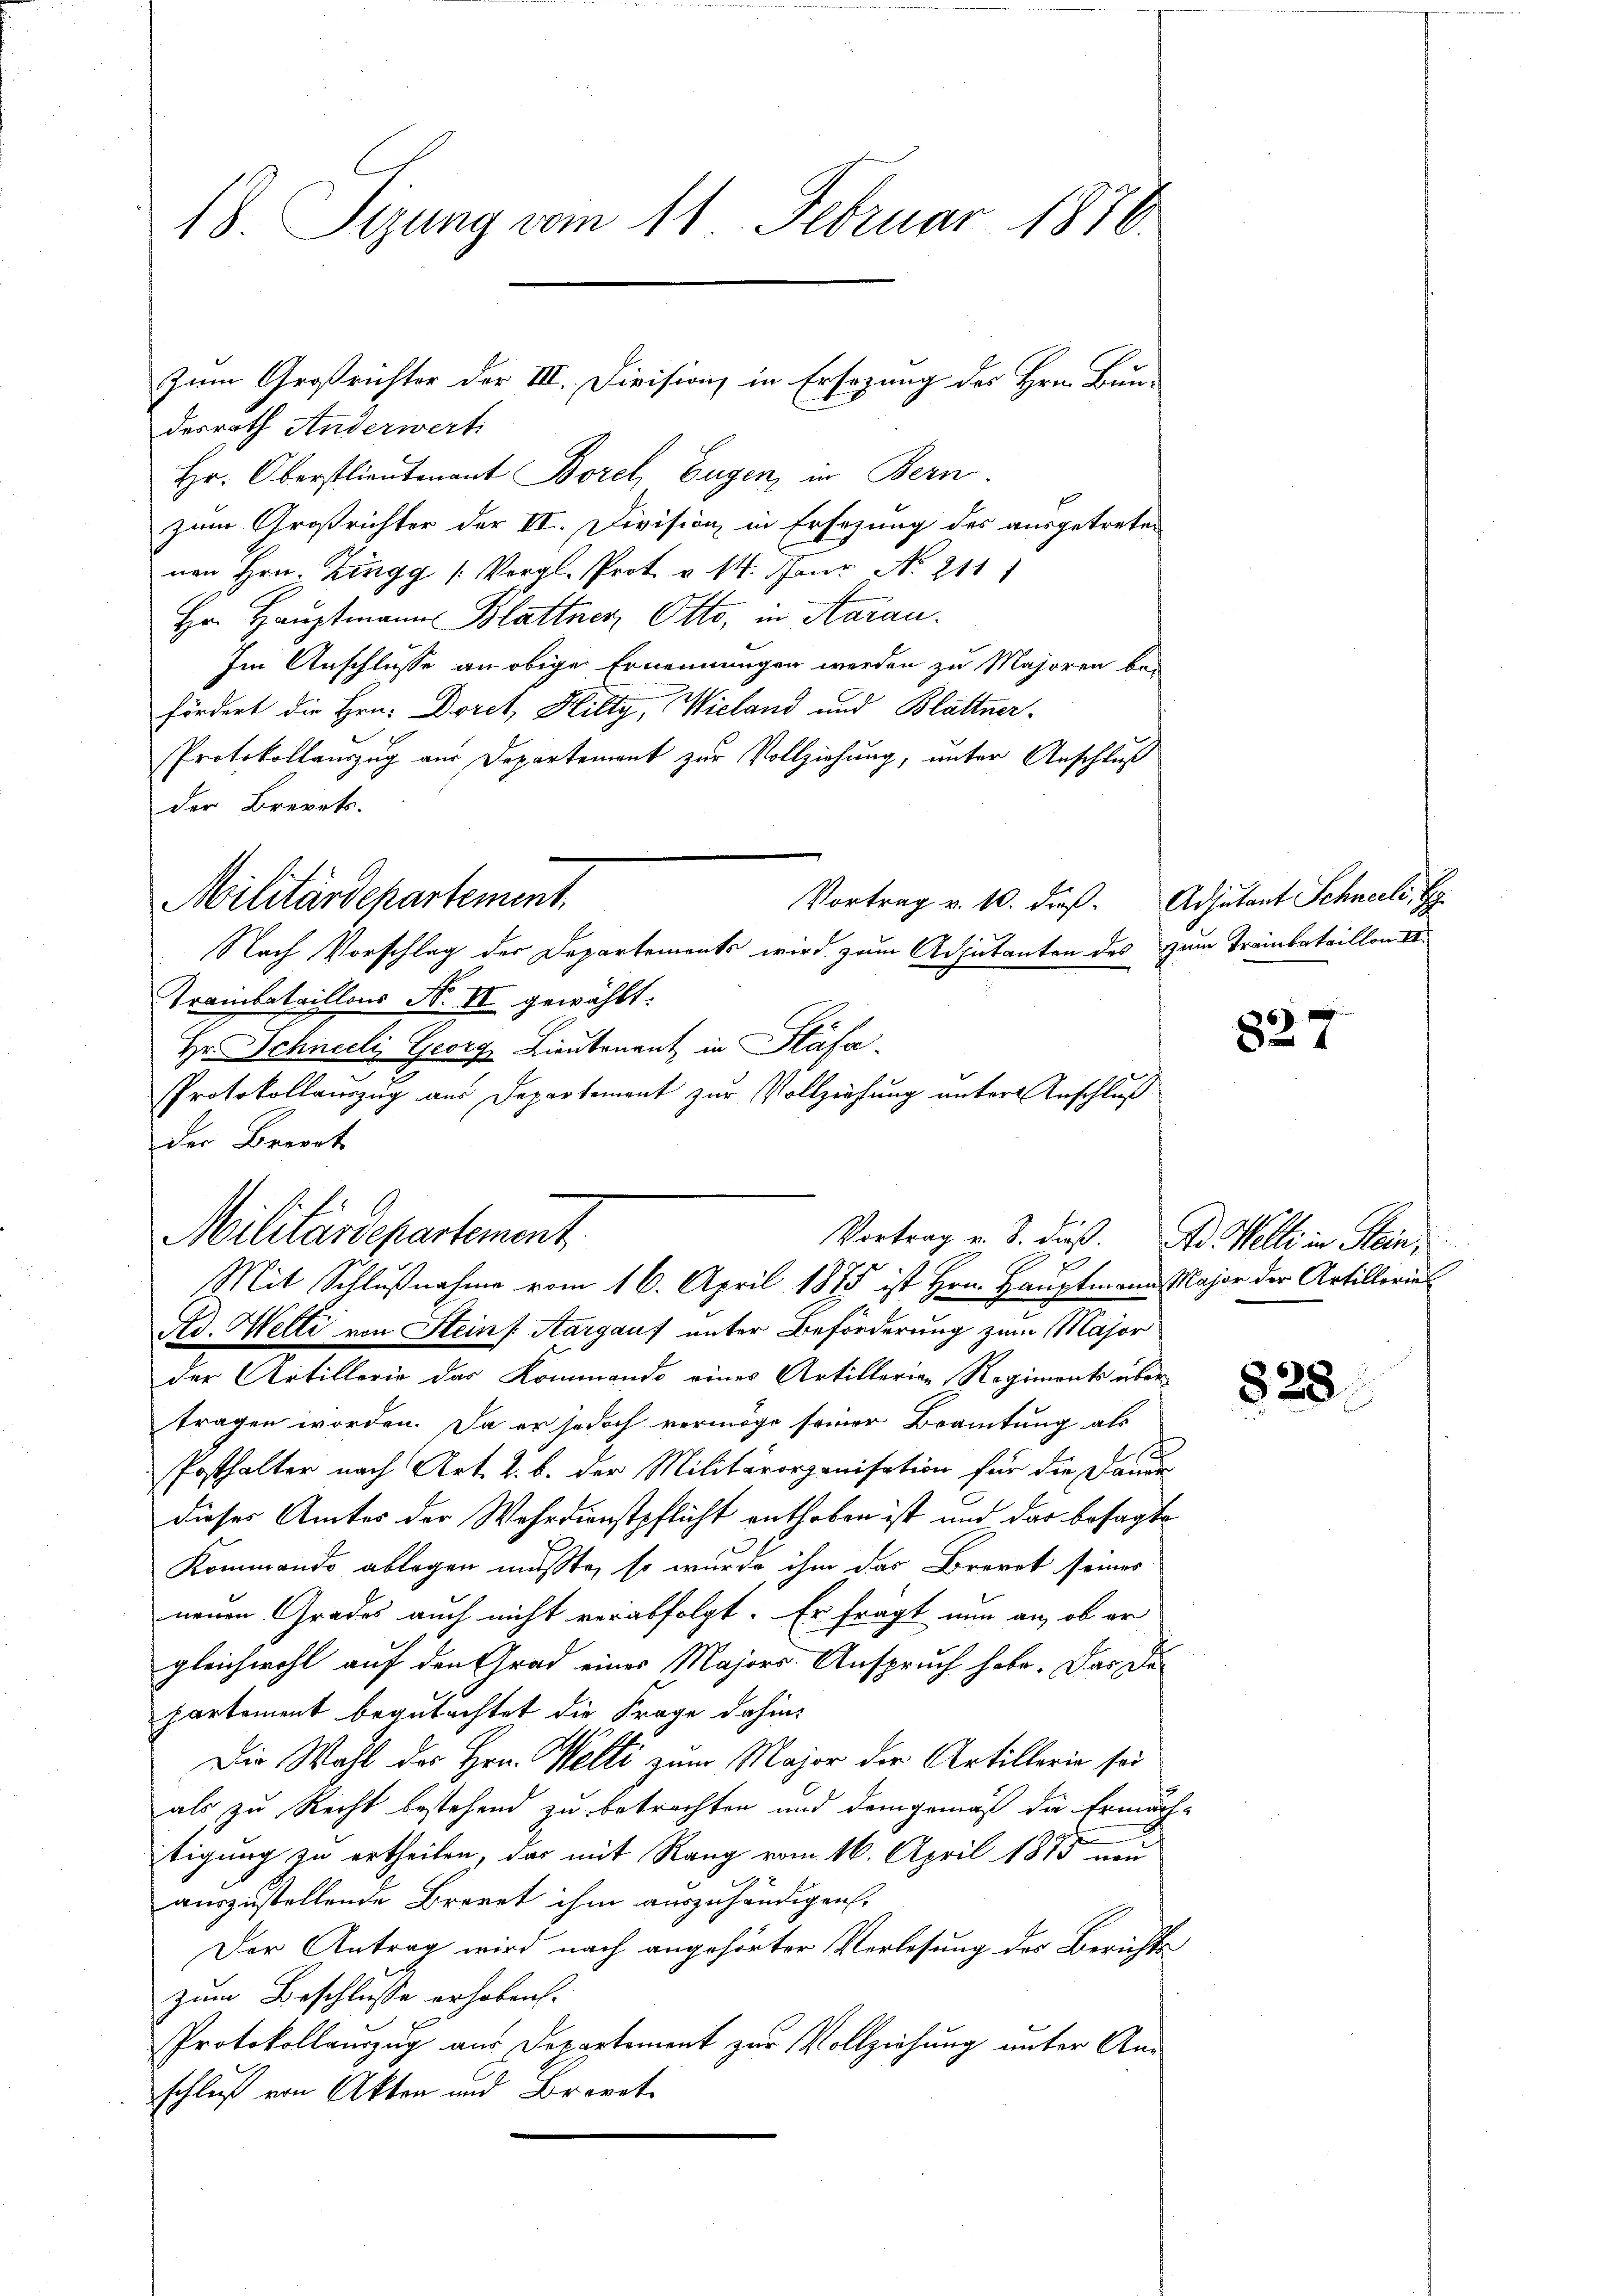
18. Sizung vom 11. Februar 1876.

desrath Anderwert
Hr. Oberstlieutenant Borel, Eugen, in Bern.
zum Großrichter der III. Division in Ersezung des ausgetreten
nen Hrn. Zingg (Vergl. Prot. v. 14. Feur No. 2111
Hr. Hauptmann Blattner Otto, in Aarau
Im Anschlüsse an obige Ernennungen werden zu Majoren be-
fördert die Hrn. Doret, Hilty, Wieland und Blattner
Protokollauszug aus Departement zur Vollziehung, unter Anschluß
der Brevets.
Trambataillons No II gewählt:
Hr. Schneeli, Georg Lieutenant in Stäfa
Protokollauszug aus Departement zur Vollziehung untere Anschluß
der Briert
Militärdepartement
.
Ad. Helti von Steins Aargauf unter Beförderung zum Major
der Artillerie das Kommando eines Artillerien Regiments über
tragen worden. Da er jedoch vermöge seiner Beamtung als
Posthalter nach Art. 2. b. der Militärorganisation für die Dauer-
dieses Amter der Wehrdienstpflicht enthoben ist und das besagte
Kommando ablegen mußte, so wurde, ihm das Brevet seines
neuen Grades auch nicht verabfolgt. Er fragt nun an, ob er
gleichwohl auf den Grad eines Majors Anspruch habe. Das Departement begutachtet die Frage dahin,
Die Wahl des Hrn. Welti zum Major der Artillerie sei
als zu Recht bestehend zu betrachten und demgemäß die Ermäch-
tigung zu ertheilen, das mit Rang vom 16. April 1875 neu
auszustellende Brevet ihm auszuhändigen.
Der Antrag wird nach angehörter Verlesung des Berichts
zum Beschlusse erhoben.
Protokollauszug aus Departement zur Vollziehung unter Anschluß von Akten und Brevet

Militärdepartement.
Vortrag v. 10. dieß:
Nach Vorschlag der Departements wird zum Adjutanten des zum Trainbataillon II

Zum Großrichter der III. Divisions in Ersezung des Hrn. Bun¬

Vortrag u. S. dieß. An Welti in Stein,
7
Mit Schlußnahme vom 16. April 1875 ist Hrn. Hauptmann Major der Artillerie¬

Adjutant Schneeli, G

827

828.